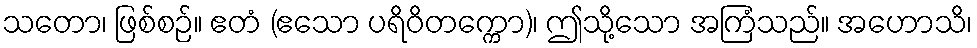
သတော၊ ဖြစ်စဉ်။ ဧတံ (ဧသော ပရိဝိတက္ကော)၊ ဤသို့သော အကြံသည်။ အဟောသိ၊